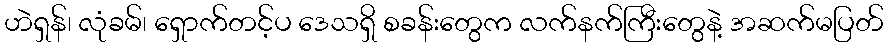
ဟဲရှန်၊ လုံခမ်၊ ရှောက်တင့်ပ ဒေသရှိ စခန်းတွေက လက်နက်ကြီးတွေနဲ့ အဆက်မပြတ်